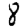
Digit: 8